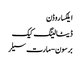
ایلکسا روڈن
ڈیٹا لینگ کیک
برسون-مارت سیلر